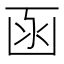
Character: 函